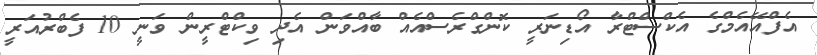
އެފްއޭއެމްގެ އެކްސްޓްރާ އޯޑިނަރީ ކޮންގްރެސްއެއް ބާއްވަން އެދި ވިކްޓްރީން ވަނީ 10 ފެބްރުއަރީ